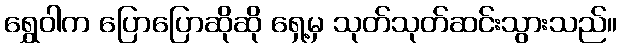
ရွှေဝါက ပြောပြောဆိုဆို ရှေ့မှ သုတ်သုတ်ဆင်းသွားသည်။